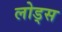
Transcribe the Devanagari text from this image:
लोड्स